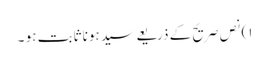
١) نص صریح کے ذریعے سید ہونا ثابت ہو ۔